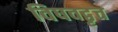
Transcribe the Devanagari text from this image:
विषवद्वृत्त